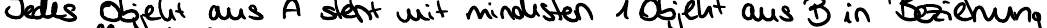
Jedes Objekt aus A steht mit mindestens 1 Objekt aus B in Beziehung